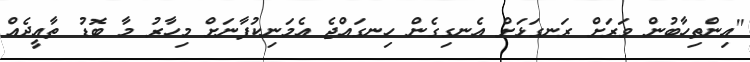
"އިންތިހާބުން ވަރަށް ރަނގަޅަށް އެނގިގެން ހިނގައްޖެ އެމަނިކުފާނަށް މިހާރު މާ ބޮޑު ތާއީދެއް